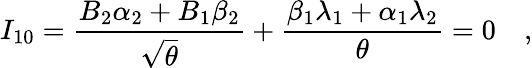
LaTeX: I_{10}={\frac{B_{2}\alpha_{2}+B_{1}\beta_{2}}{\sqrt{\theta}}}+{\frac{\beta_{1}\lambda_{1}+\alpha_{1}\lambda_{2}}{\theta}}=0\quad,